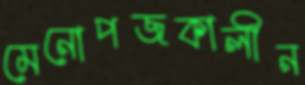
মেনোপজকালীন